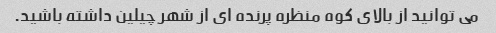
می توانید از بالای کوه منظره پرنده ای از شهر چیلین داشته باشید.